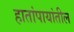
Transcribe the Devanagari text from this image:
हातांपायांतील